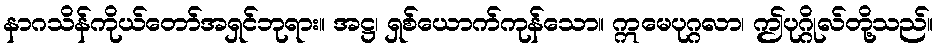
နာဂသိန်ကိုယ်တော်အရှင်ဘုရား။ အဋ္ဌ၊ ရှစ်ယောက်ကုန်သော။ ဣမေပုဂ္ဂလာ၊ ဤပုဂ္ဂိုလ်တို့သည်။